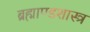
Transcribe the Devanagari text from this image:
ब्रह्माण्डशास्त्र